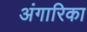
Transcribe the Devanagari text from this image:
अंगारिका